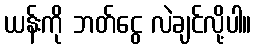
ယန်းကို ဘတ်ငွေ လဲချင်လို့ပါ။